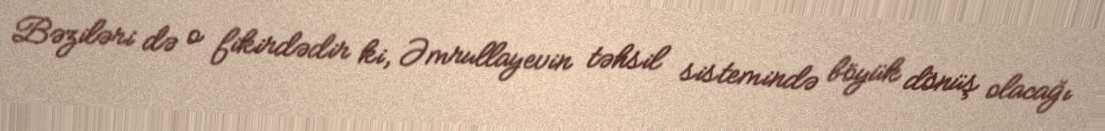
Bəziləri də o fikirdədir ki, Əmrullayevin təhsil sistemində böyük dönüş olacağı